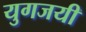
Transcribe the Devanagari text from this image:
युगजयी